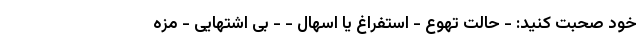
خود صحبت کنید: - حالت تهوع - استفراغ یا اسهال - - بی اشتهایی - مزه